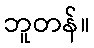
ဘူတန်။